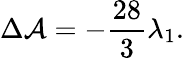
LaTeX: \Delta{\cal A}=-\frac{28}{3}\lambda_{1}.